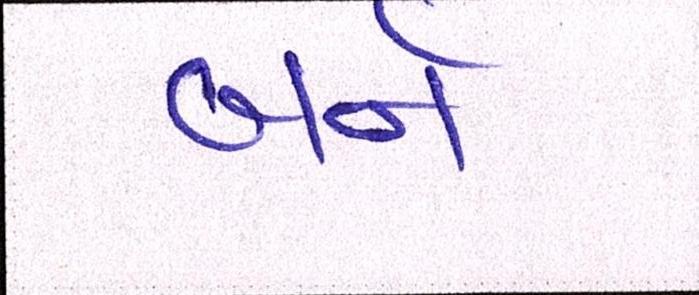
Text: બર્ન